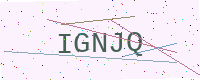
Text: IGNJQ